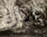
بالارد